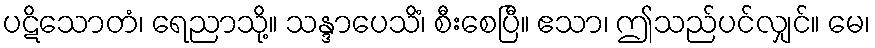
ပဋိသောတံ၊ ရေညာသို့။ သန္ဒာပေသိံ၊ စီးစေပြီ။ ဧသာ၊ ဤသည်ပင်လျှင်။ မေ၊